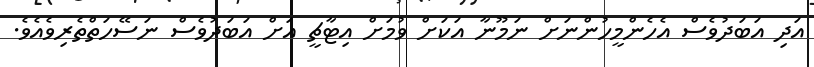
އަދި އަބަދުވެސް އެހެންމީހުންނަށް ނަމޫނާ އަކަށް ވުމަށް އިޓާޗީ އަށް އަބަދުވެސް ނަސޭހަތްތެރިވެއެވެ.